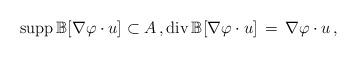
LaTeX: \begin{align*}{\rm supp}\, \mathbb{B}[\nabla \varphi \cdot u] \subset A\,, {\rm div}\, \mathbb{B} [\nabla \varphi \cdot u] \,=\, \nabla \varphi \cdot u\,,\end{align*}